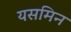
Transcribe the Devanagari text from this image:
यसमिन